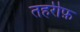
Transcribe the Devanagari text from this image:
तहरीफ़